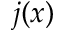
j ( x )